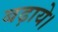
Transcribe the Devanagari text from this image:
बढ़ाये।